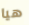
هيا